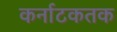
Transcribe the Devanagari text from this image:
कर्नाटकतक